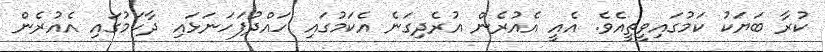
ކުރާ ބަޔަކު ކަމުގައިވީތީއެވެ. އެއީ އެއުރެން އުރެދިގަނެ އެކަމުގައި ހައްދުފަހަނަޅައި ދާކަމުގައި އެއުރެން